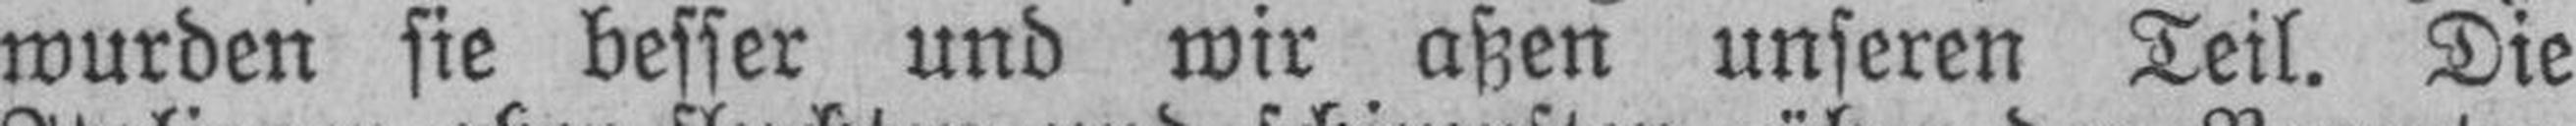
wurden sie besser und wir aßen unseren Teil. Die